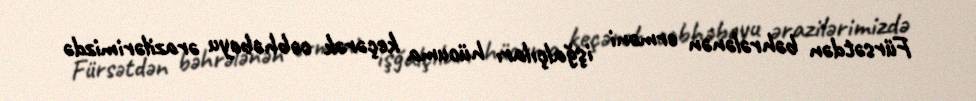
Fürsətdən bəhrələnən erməni işğalçıları hücuma keçərək cəbhəboyu ərazilərimizdə